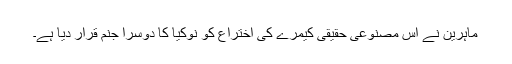
ماہرین نے اِس مصنوعی حقیقی کیمرے کی اختراع کو نوکیا کا دوسرا جنم قرار دیا ہے۔